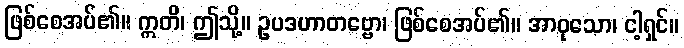
ဖြစ်စေအပ်၏။ ဣတိ၊ ဤသို့။ ဥပဒဟာတဗ္ဗော၊ ဖြစ်စေအပ်၏။ အာဝုသော၊ ငါ့ရှင်။